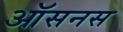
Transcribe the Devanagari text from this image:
ऑसनस